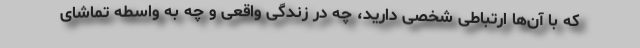
که با آن‌ها ارتباطی شخصی دارید، چه در زندگی واقعی و چه به واسطه تماشای